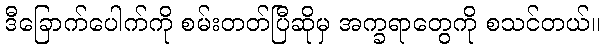
ဒီခြောက်ပေါက်ကို စမ်းတတ်ပြီဆိုမှ အက္ခရာတွေကို စသင်တယ်။